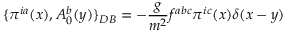
\{ \pi ^ { i a } ( x ) , A _ { 0 } ^ { b } ( y ) \} _ { D B } = - \frac { g } { m ^ { 2 } } f ^ { a b c } \pi ^ { i c } ( x ) \delta ( x - y ) \nonumber